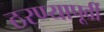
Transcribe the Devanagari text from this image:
ठरण्यापूर्वी